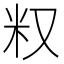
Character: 𥸩